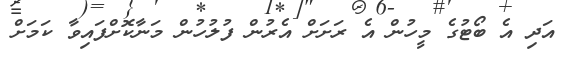
އަދި އެ ބޯޓުގެ މީހުން އެ ރަށަށް އެރުން ފުލުހުން މަނާކޮށްފައިވާ ކަމަށް